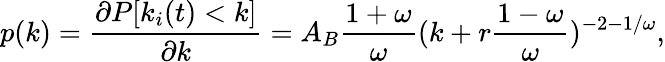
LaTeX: p(k)=\frac{\partial P[k_{i}(t)<k]}{\partial k}=A_{B}\frac{1+\omega}{\omega}(k+r\frac{1-\omega}{\omega})^{-2-1/\omega},